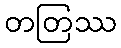
တတြဿ